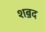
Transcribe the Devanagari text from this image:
शॿद